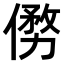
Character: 𠍢